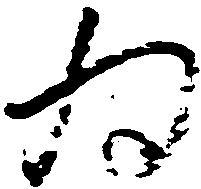
為